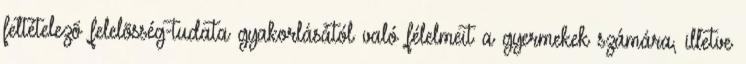
feltételezõ felelõsség-tudata gyakorlásától való félelmeit a gyermekek számára, illetve